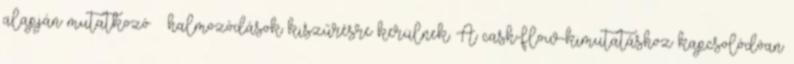
alapján mutatkozó – halmozódások kiszűrésre kerülnek. A cash-flow-kimutatáshoz kapcsolódóan